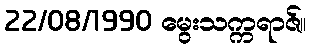
22/08/1990 မွေးသက္ကရာဇ်။